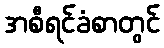
အစီရင်ခံစာတွင်